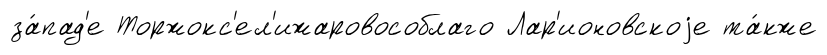
за́пад'е Торжокс'ел'ижаровособлаго Лар'ионовскоjе та́кже